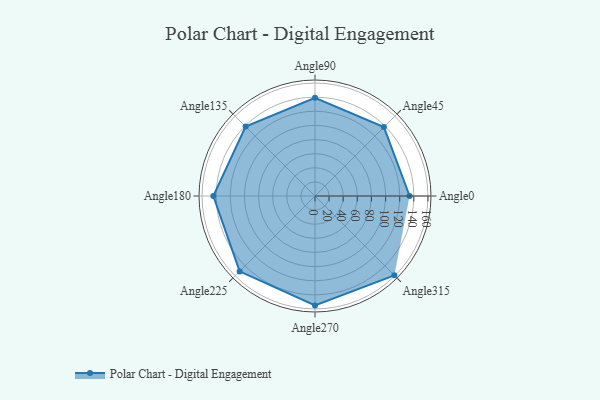
{"axis": {"x": "Angle", "y": "Radius"}, "legend": [""], "data": [{"x": "Angle0", "y": 134.0, "type": ""}, {"x": "Angle45", "y": 138.0, "type": ""}, {"x": "Angle90", "y": 139.0, "type": ""}, {"x": "Angle135", "y": 139.0, "type": ""}, {"x": "Angle180", "y": 144.0, "type": ""}, {"x": "Angle225", "y": 151.0, "type": ""}, {"x": "Angle270", "y": 155.0, "type": ""}, {"x": "Angle315", "y": 159.0, "type": ""}]}